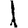
Digit: 1